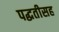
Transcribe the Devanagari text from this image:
पद्धतीसह